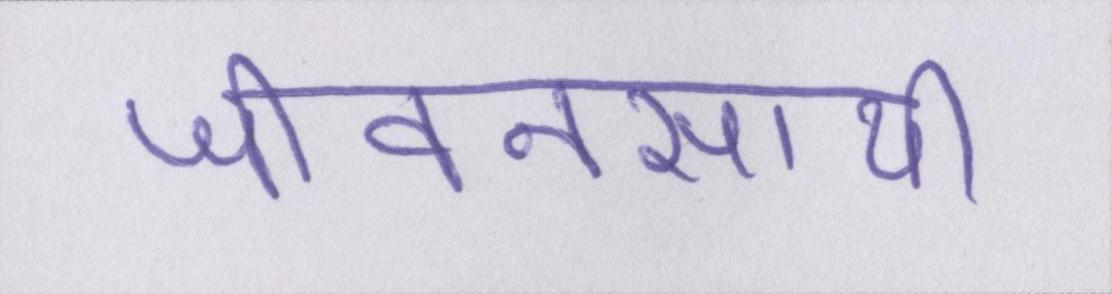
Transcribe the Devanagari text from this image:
जीवनसाथी